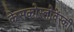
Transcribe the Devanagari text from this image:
केसकोस्लोवेंस्की